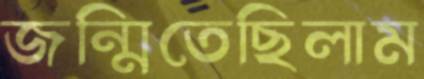
জন্মিতেছিলাম